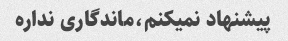
پیشنهاد نمیکنم،ماندگاری نداره